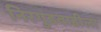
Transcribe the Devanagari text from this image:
निरगुडवाडीला